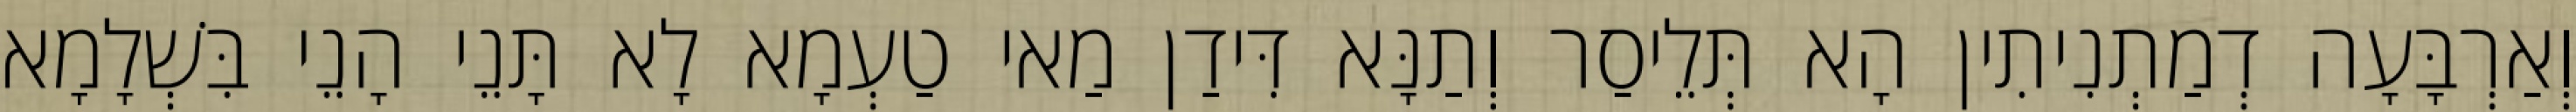
וְאַרְבָּעָה דְמַתְנִיתִין הָא תְּלֵיסַר וְתַנָּא דִּידַן מַאי טַעְמָא לָא תָּנֵי הָנֵי בִּשְׁלָמָא